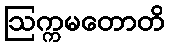
ဩက္ကမတောတိ